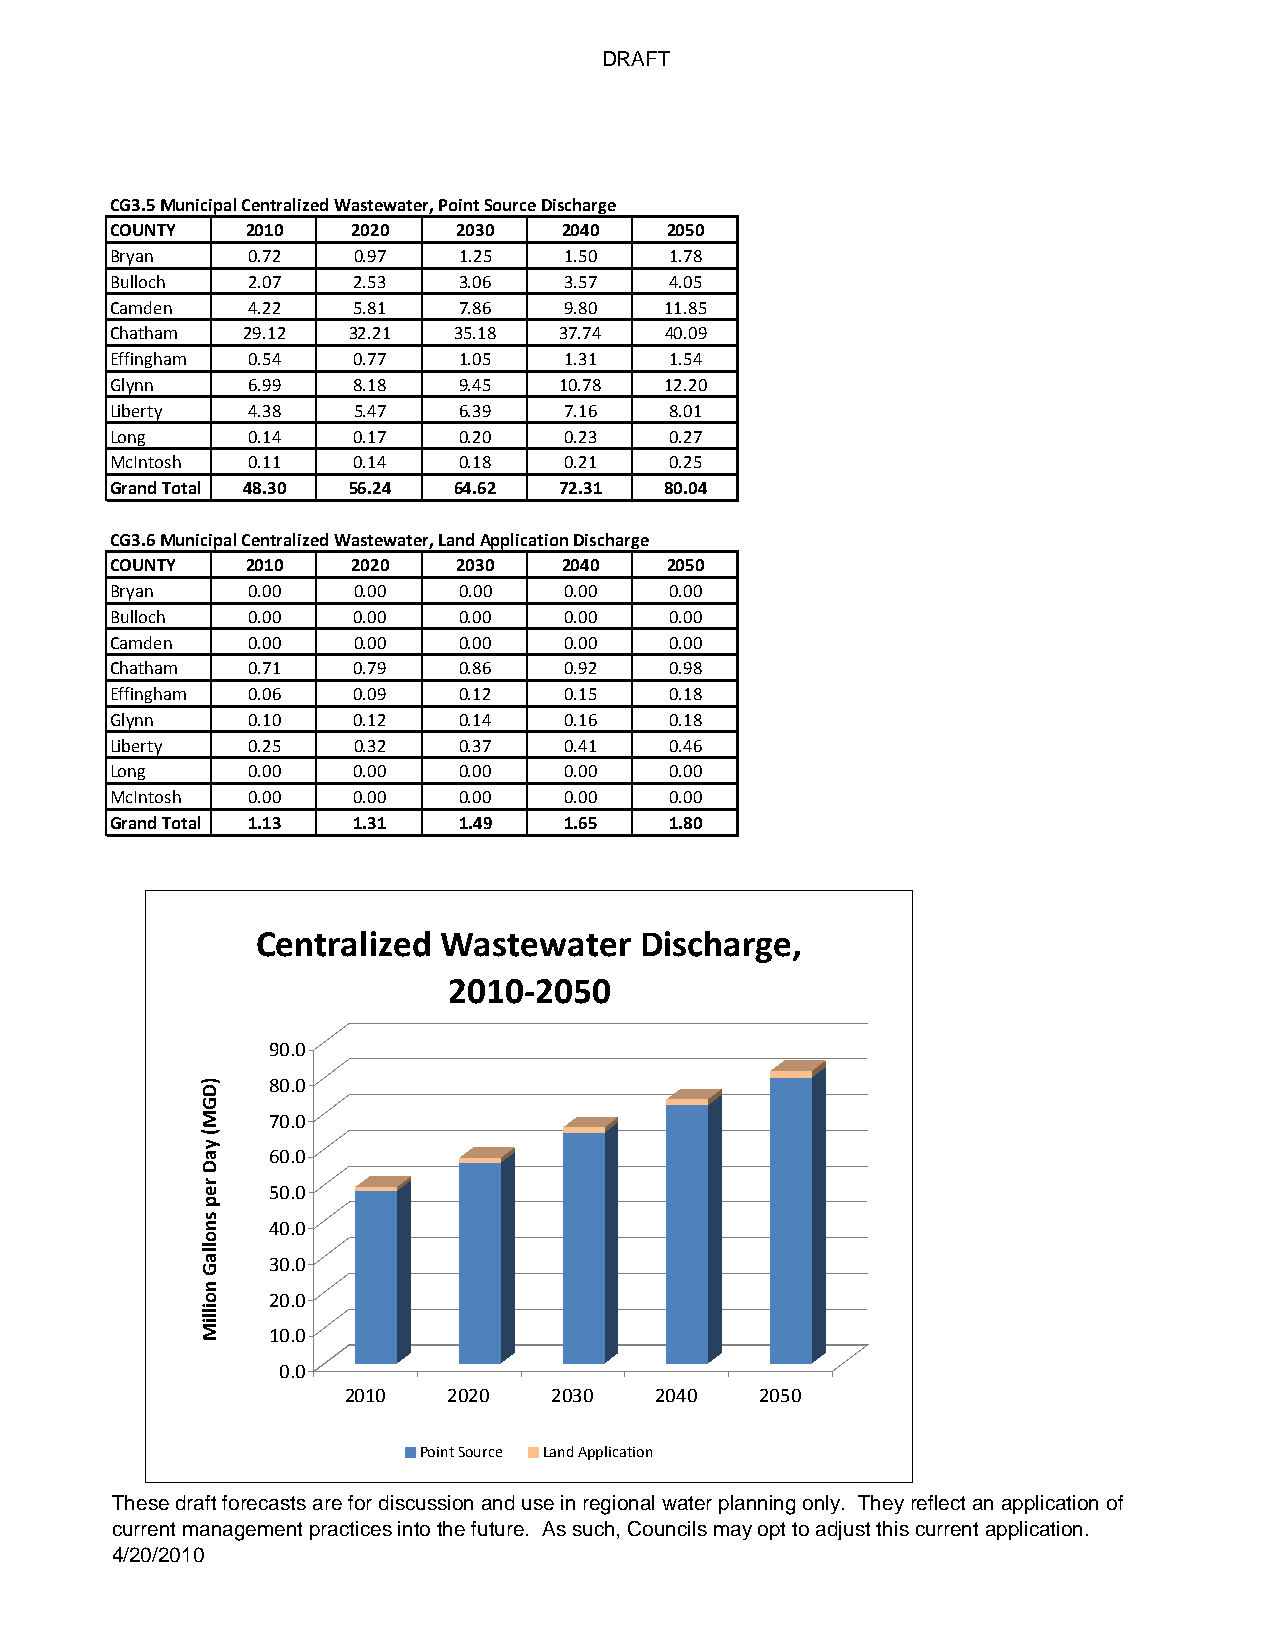
DRAFT
 CG3.5 Municipal Centralized Wastewater, Point Source Discharge
 COUNTY   2010   2020   2030   2040   2050
 Bryan    0.72   0.97   1.25   1.50   1.78
 Bulloch  2.07   2.53   3.06   3.57   4.05
 Camden   4.22   5.81   7.86   9.80   11.85
 Chatham  29.12  32.21  35.18  37.74  40.09
 Effingham 0.54  0.77   1.05   1.31   1.54
 Glynn    6.99   8.18   9.45   10.78  12.20
 Liberty  4.38   5.47   6.39   7.16   8.01
 Long     0.14   0.17   0.20   0.23   0.27
 McIntosh 0.11   0.14   0.18   0.21   0.25
 Grand Total 48.30 56.24 64.62 72.31  80.04
 CG3.6 Municipal Centralized Wastewater, Land Application Discharge
 COUNTY   2010   2020   2030   2040   2050
 Bryan    0.00   0.00   0.00   0.00   0.00
 Bulloch  0.00   0.00   0.00   0.00   0.00
 Camden   0.00   0.00   0.00   0.00   0.00
 Chatham  0.71   0.79   0.86   0.92   0.98
 Effingham 0.06  0.09   0.12   0.15   0.18
 Glynn    0.10   0.12   0.14   0.16   0.18
 Liberty  0.25   0.32   0.37   0.41   0.46
 Long     0.00   0.00   0.00   0.00   0.00
 McIntosh 0.00   0.00   0.00   0.00   0.00
 Grand Total 1.13 1.31  1.49   1.65   1.80
 Centralized Wastewater   Discharge,
 2010‐2050
 90.0
 80.0
 70.0
 60.0
 50.0
 40.0
 30.0
 20.0
 10.0
 0.0
 2010   2020   2030  2040   2050
 Point Source Land Application
 These draft forecasts are for discussion and use in regional water planning only. They reflect an application of
 current management practices into the future. As such, Councils may opt to adjust this current application.
 4/20/2010
 )DGM(
 yaD
 rep
 snollaG
 noilliM